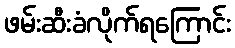
ဖမ်းဆီးခံလိုက်ရကြောင်း